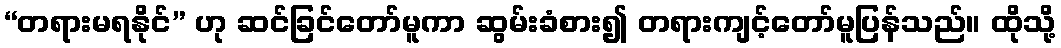
“တရားမရနိုင်” ဟု ဆင်ခြင်တော်မူကာ ဆွမ်းခံစား၍ တရားကျင့်တော်မူပြန်သည်။ ထိုသို့